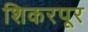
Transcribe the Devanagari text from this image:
शिकरपूर